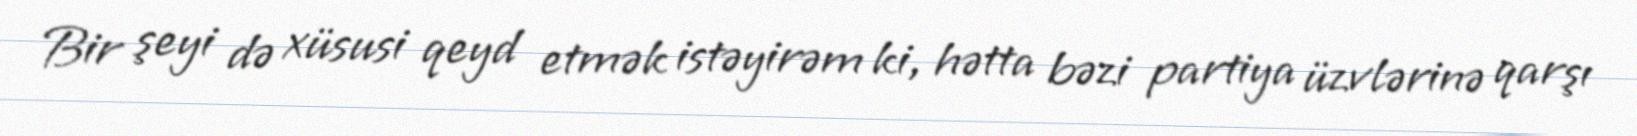
Bir şeyi də xüsusi qeyd etmək istəyirəm ki, hətta bəzi partiya üzvlərinə qarşı